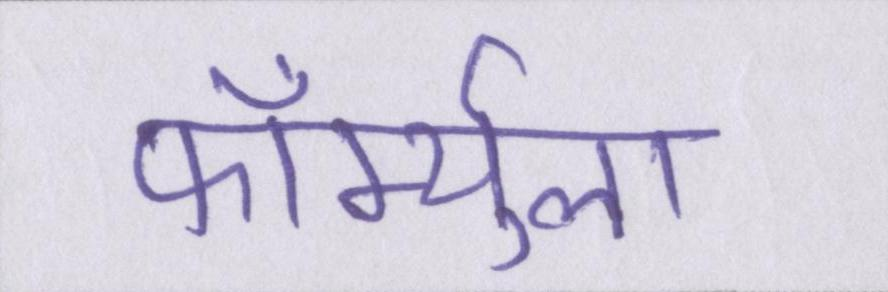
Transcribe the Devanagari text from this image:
फॉर्म्युला